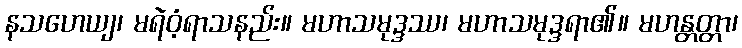
နသဟေယျ၊ မရဲဝံ့ရာသနည်း။ မဟာသမုဒ္ဒဿ၊ မဟာသမုဒ္ဒရာ၏။ မဟန္တတ္တာ၊